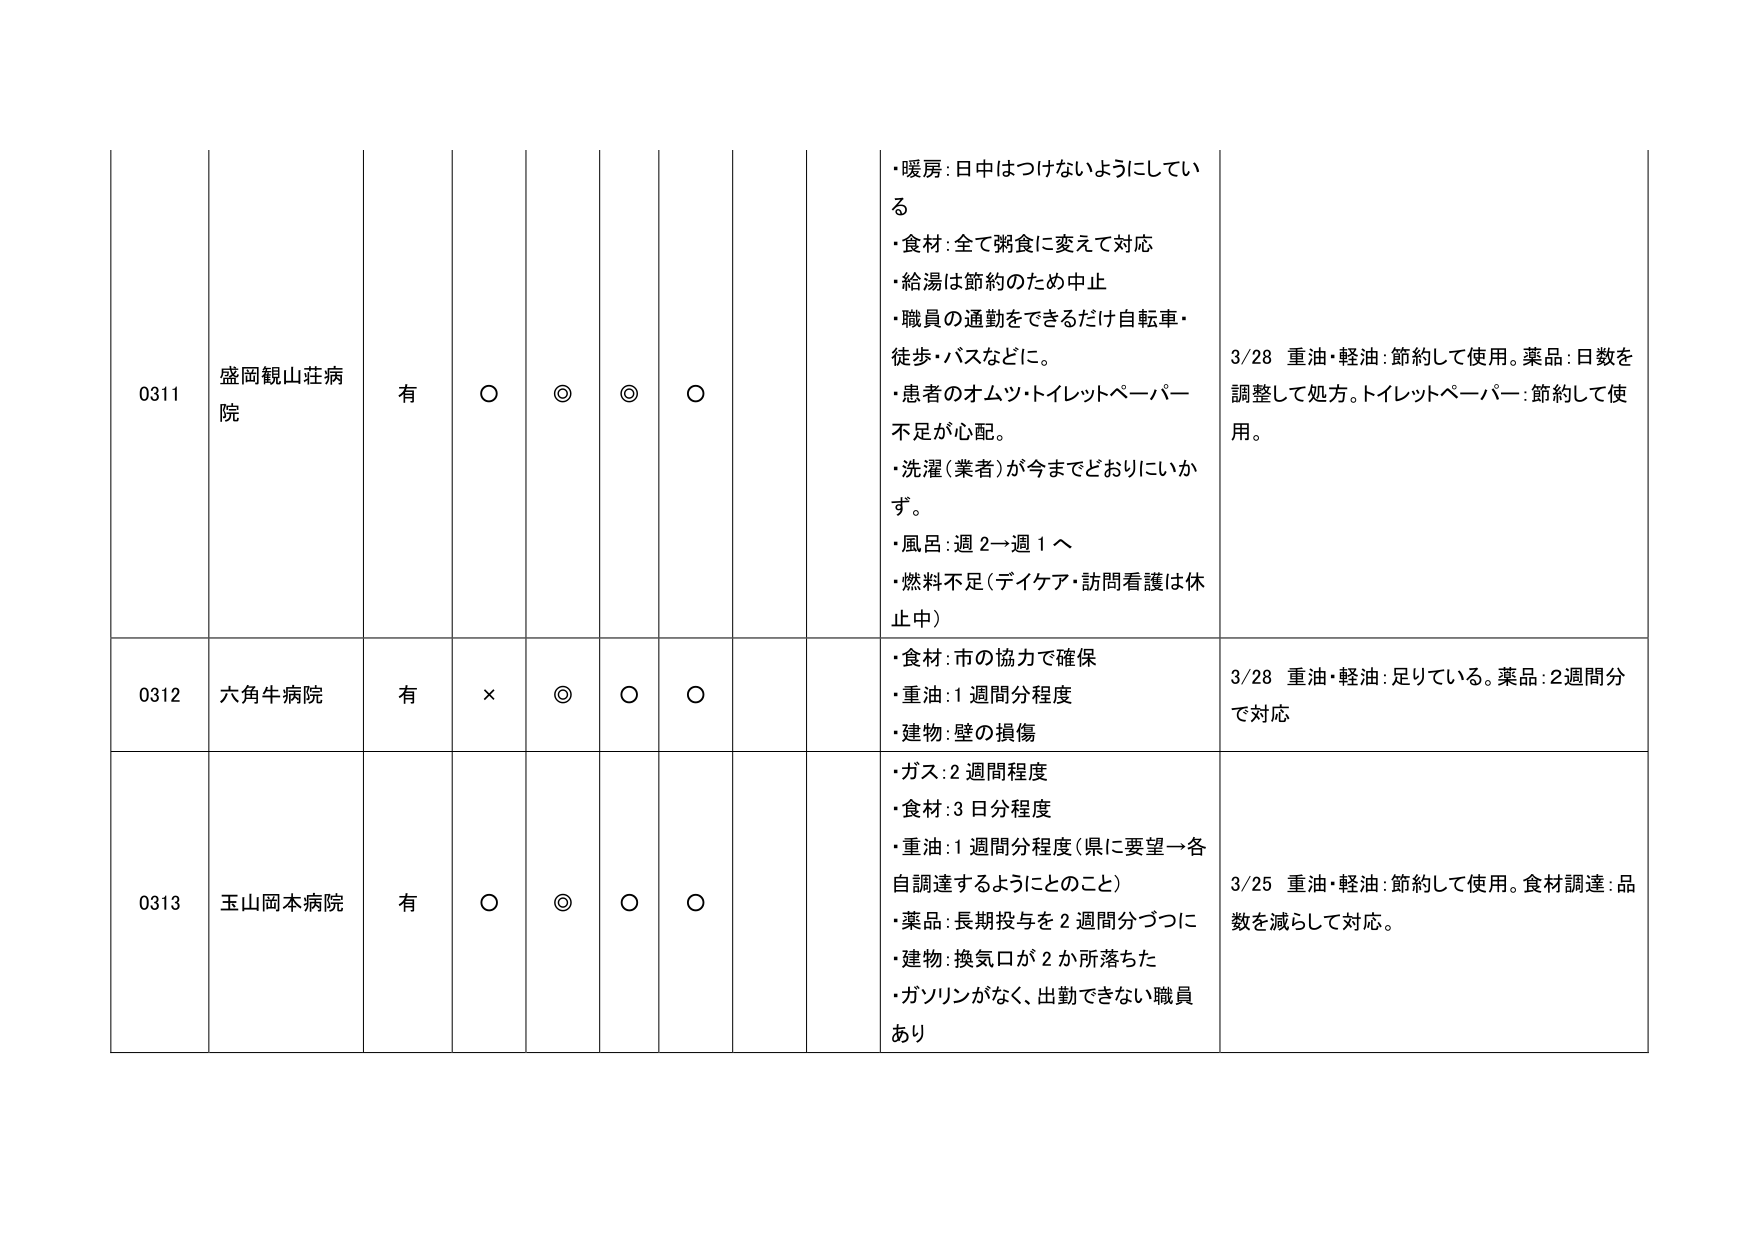
0311 盛岡観山荘病院 有 ○ ◎ ◎ ○ ・暖房：日中はつけないようにしてい る ・食材：全て粥食に変えて対応 ・給湯は節約のため中止 ・職員の通勤をできるだけ自転車・ 徒歩・バスなどに。 ・患者のオムツ・トイレットペーパー 不足が心配。 ・洗濯（業者）が今までどおりにいか ず。 ・風呂：週2→週1へ ・燃料不足（デイケア・訪問看護は休 止中） 3/28 重油・軽油：節約して使用。薬品：日数を 調整して処方。トイレットペーパー：節約して使 用。

0312 六角牛病院 有 × ◎ ○ ○ ・食材：市の協力で確保 ・重油：1週間分程度 ・建物：壁の損傷 3/28 重油・軽油：足りている。薬品：2週間分 で対応

0313 玉山岡本病院 有 ○ ◎ ○ ○ ・ガス：2週間程度 ・食材：3日分程度 ・重油：1週間分程度（県に要望→各 自調達するようにとのこと） ・薬品：長期投与を2週間分づつに ・建物：換気口が2か所落ちた ・ガソリンがなく、出勤できない職員 あり 3/25 重油・軽油：節約して使用。食材調達：品 数を減らして対応。